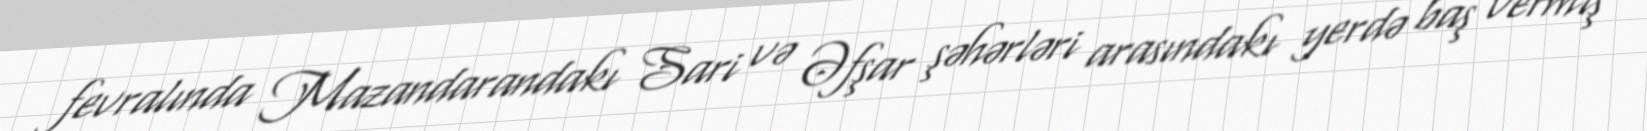
fevralında Mazandarandakı Sari və Əfşar şəhərləri arasındakı yerdə baş vermiş